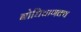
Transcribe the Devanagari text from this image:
बोधिचाणक्य